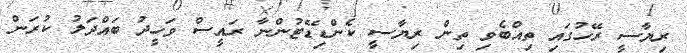
ރިޔާސީ ރޭހުގައި ތިއްބެވި ތިން ރިޔާސީ ކެންޑިޑޭޓުންނާ ރައީސް ވަހީދު ބައްދަލު ކުރަން